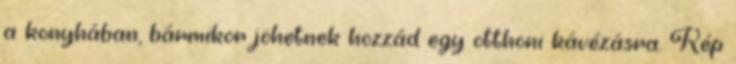
a konyhában, bármikor jöhetnek hozzád egy otthoni kávézásra. Kép